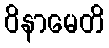
ဝိနာမေတိ